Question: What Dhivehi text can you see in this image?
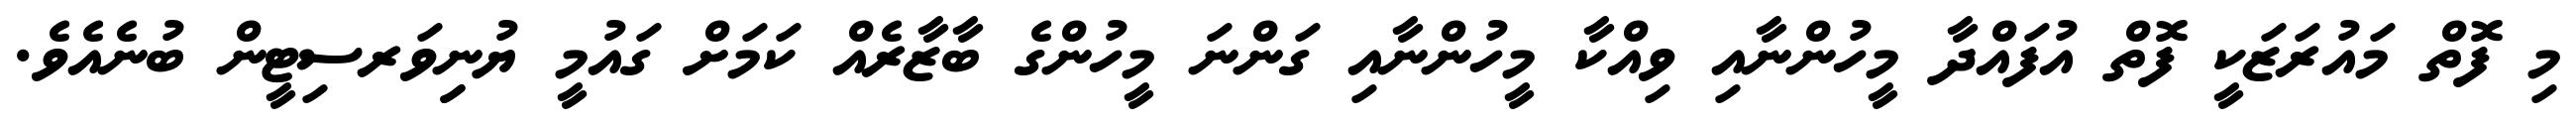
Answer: މި ފޮތް މައުރަޒަކީ ފޮތް އުފައްދާ މީހުންނާއި ވިއްކާ މީހުންނާއި ގަންނަ މީހުންގެ ބާޒާރެއް ކަމަށް ގައުމީ ޔުނިިވަރސިޓީން ބުނެއެވެ.